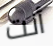
أنت